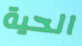
الحية